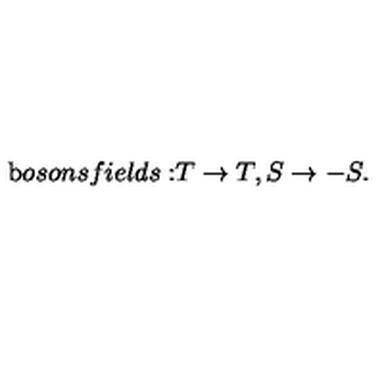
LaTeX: { \mathrm b o s o n s f i e l d s : } T \to T , S \to - S .